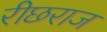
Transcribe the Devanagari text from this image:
रीछराज